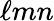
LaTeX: \ell mn